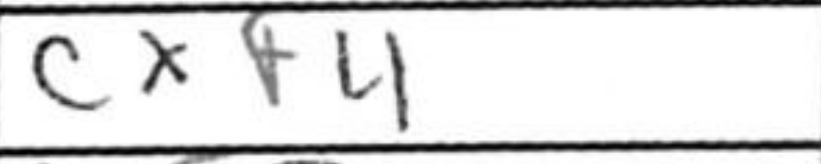
Transcription: cxf4